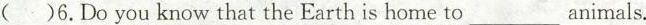
( )6.Do you know that the Earth is home to ___ animals.